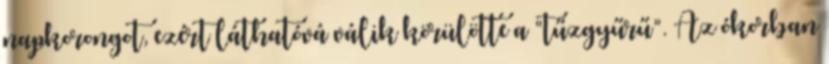
napkorongot, ezért láthatóvá válik körülötte a “tűzgyűrű”. Az ókorban